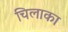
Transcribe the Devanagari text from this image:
चिलाका